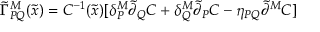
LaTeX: \tilde { \Gamma } _ { P Q } ^ { M } ( \tilde { x } ) = C ^ { - 1 } ( \tilde { x } ) [ \delta _ { P } ^ { M } \tilde { \partial } _ { Q } C + \delta _ { Q } ^ { M } \tilde { \partial } _ { P } C - \eta _ { P Q } \tilde { \partial } ^ { M } C ]